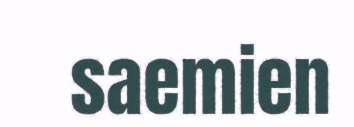
saemien